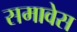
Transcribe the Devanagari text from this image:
समावेस